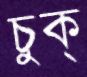
চুক্